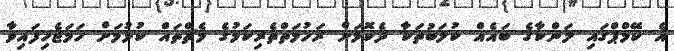
އެ ކޭމްޕްގައި ލަންކާގެ ބައެއް ކުލަބުތަކާ ދެކޮޅަށް ރަހުމަތްތެރިކަމުގެ މެޗްތައް ކުޅުމަށް ހަމަޖެހިފައިވާ